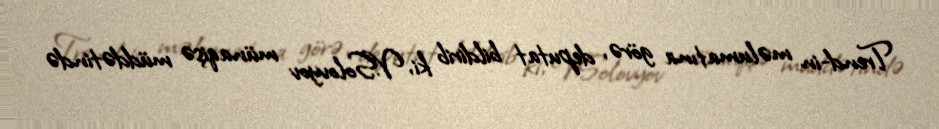
Trend-in məlumatına görə, deputat bildirib ki, V.Solovyov münaqişə müddətində